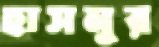
হাসনুর